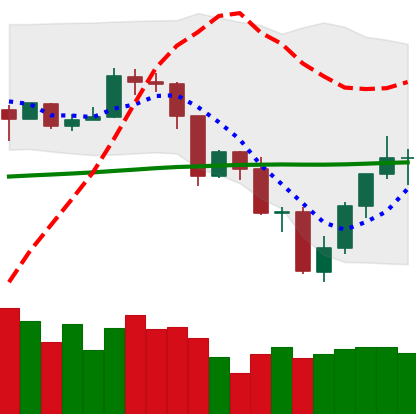
Ticker: TRX-USD
Chart end date: 2019-07-21
Forward return: -20.289%
Label: down_7plus